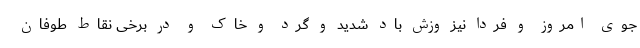
جوی امروز و فردا نیز وزش باد شدید و گرد و خاک و در برخی نقاط طوفان